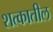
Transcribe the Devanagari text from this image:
शत्कातील